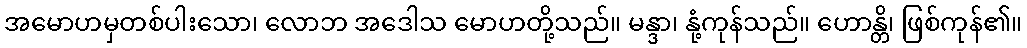
အမောဟမှတစ်ပါးသော၊ လောဘ အဒေါသ မောဟတို့သည်။ မန္ဒာ၊ နုံ့ကုန်သည်။ ဟောန္တိ၊ ဖြစ်ကုန်၏။